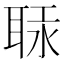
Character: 𦕷